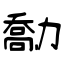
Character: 勪